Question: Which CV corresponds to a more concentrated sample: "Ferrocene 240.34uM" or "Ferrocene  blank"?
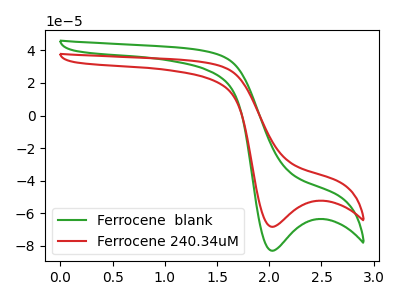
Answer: <think>The green curve "Ferrocene  blank" has a cathodic peak at: (2.05V, -82.95uA). The red curve "Ferrocene 240.34uM" has a cathodic peak at: (2.05V, -68.30uA).
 All the peaks in "Ferrocene 240.34uM" have a peak in "Ferrocene  blank" at the same potential. Every peak in "Ferrocene 240.34uM" is lower than every peak in "Ferrocene  blank".</think>
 <answer>"Ferrocene 240.34uM" has less signal than "Ferrocene  blank" and so likely has a lower concentration.</answer>
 <eval>less_concentration</eval>